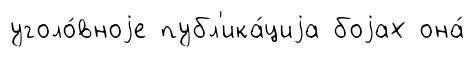
уголо́вноjе публ'ика́циjа боjах она́